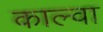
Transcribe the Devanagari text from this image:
काल्वा